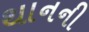
થાનની